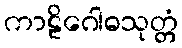
ကာဠိဂေါဓသုတ္တံ